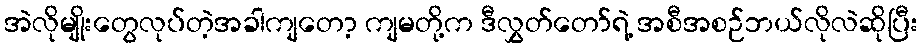
အဲလိုမျိုးတွေလုပ်တဲ့အခါကျတော့ ကျမတို့က ဒီလွှတ်တော်ရဲ့ အစီအစဉ်ဘယ်လိုလဲဆိုပြီး